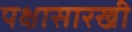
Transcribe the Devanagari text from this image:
पक्षासारखी